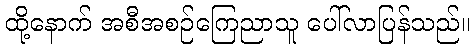
ထို့နောက် အစီအစဉ်ကြေညာသူ ပေါ်လာပြန်သည်။